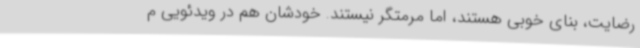
رضایت، بنای خوبی هستند، اما مرمتگر نیستند. خودشان هم در ویدئویی م